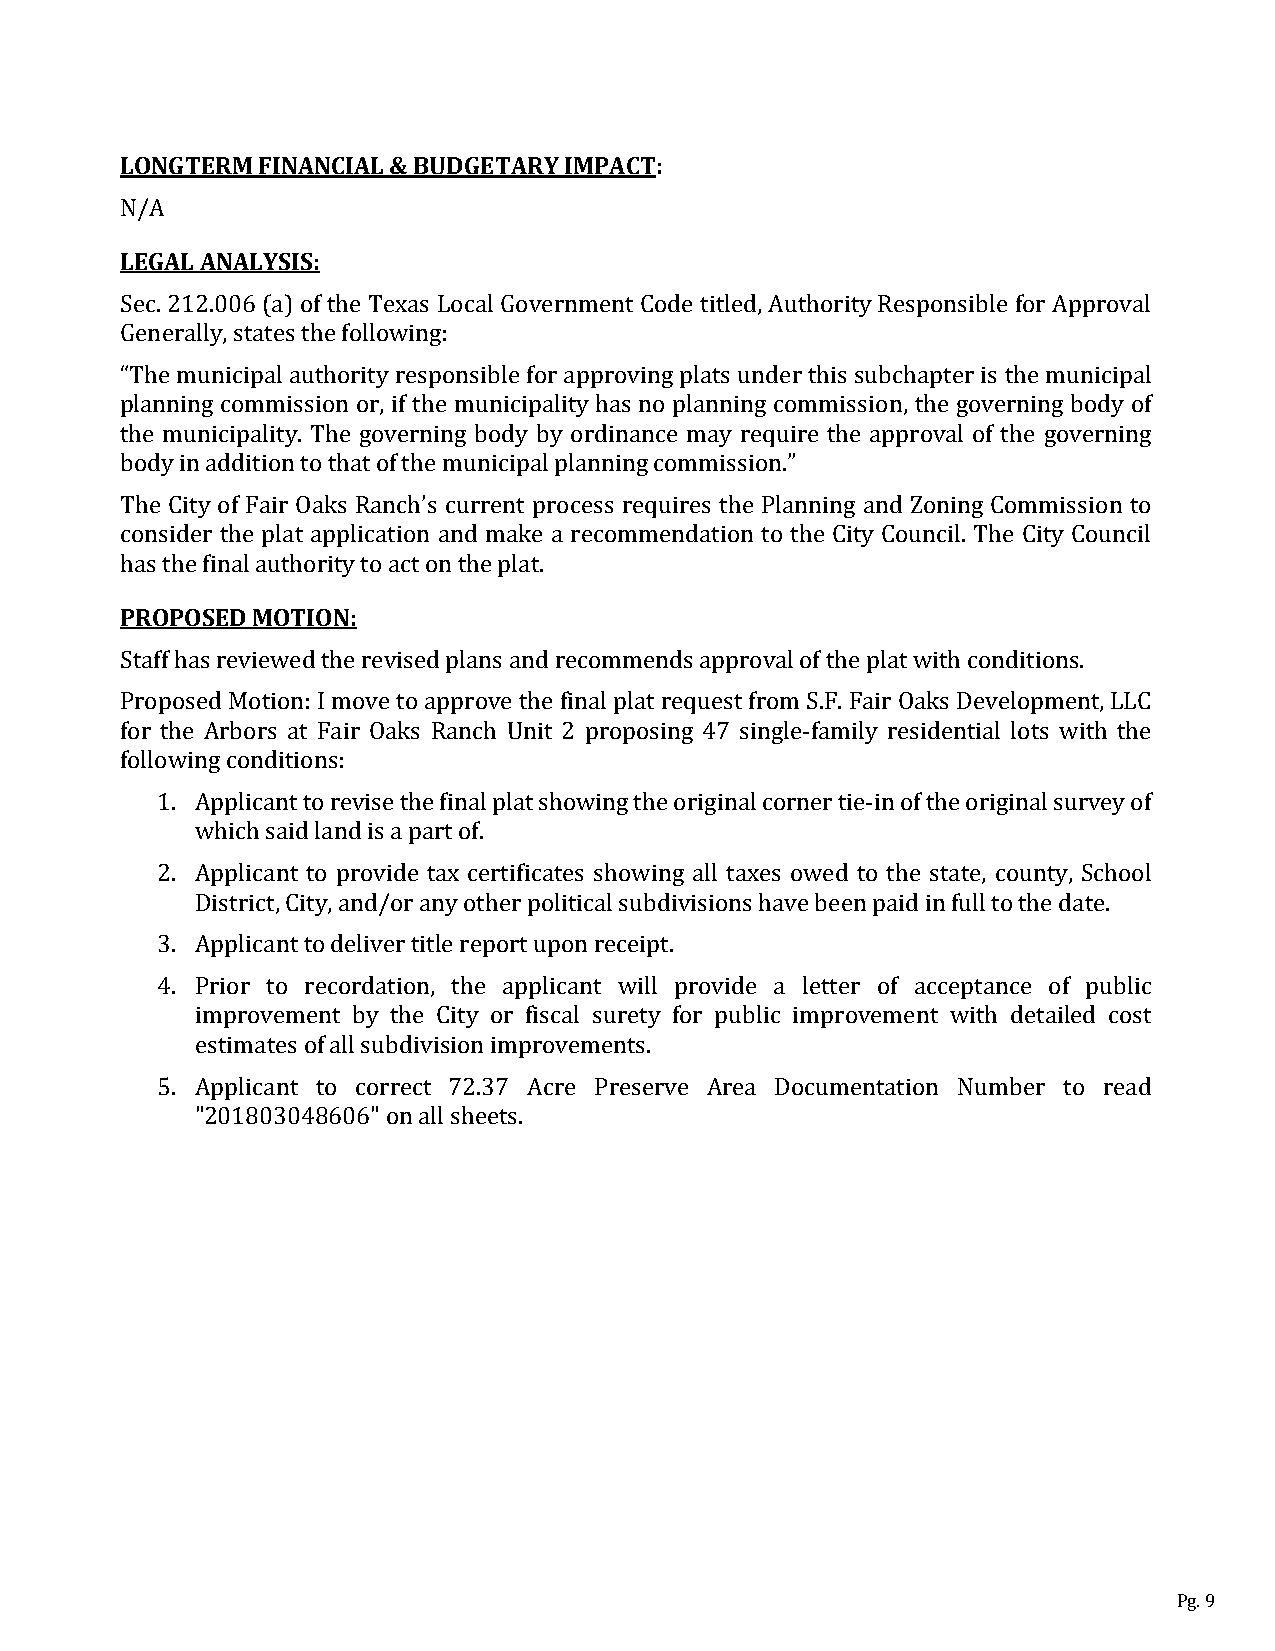
LONGTERM FINANCIAL & BUDGETARY IMPACT:
 NLE/GAA L ANALYSIS:
 Sec. 212.006 (a) of the Texas Local Government Code titled, Authority Responsible for Approval
 Generally, states the following:
 “The municipal authority responsible for approving plats under this subchapter is the municipal
 planning commission or, if the municipality has no planning commission, the governing body of
 the municipality. The governing body by ordinance may require the approval of the governing
 body in addition to that of the municipal planning commission.”
 The City of Fair Oaks Ranch’s current process requires the Planning and Zoning Commission to
 consider the plat application and make a recommendation to the City Council. The City Council
 PhaRsO tPhOe SfiEnDal MauOthToIOriNty: to act on the plat.
 Staff has reviewed the revised plans and recommends approval of the plat with conditions.
 Proposed Motion: I move to approve the final plat request from S.F. Fair Oaks Development, LLC
 for the Arbors at Fair Oaks Ranch Unit 2 proposing 47 single-family residential lots with the
 following conditions:
 1. Applicant to revise the final plat showing the original corner tie-in of the original survey of
 which said land is a part of.
 2. Applicant to provide tax certificates showing all taxes owed to the state, county, School
 District, City, and/or any other political subdivisions have been paid in full to the date.
 3. Applicant to deliver title report upon receipt.
 4. Prior to recordation, the applicant will provide a letter of acceptance of public
 improvement by the City or fiscal surety for public improvement with detailed cost
 estimates of all subdivision improvements.
 5. Applicant to correct 72.37 Acre Preserve Area Documentation Number to read
 "201803048606" on all sheets.
 Pg. 9